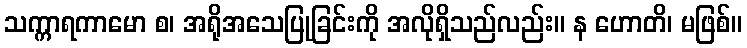
သက္ကာရကာမော စ၊ အရိုအသေပြုခြင်းကို အလိုရှိသည်လည်း။ န ဟောတိ၊ မဖြစ်။